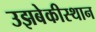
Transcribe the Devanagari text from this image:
उझबेकीस्थान